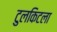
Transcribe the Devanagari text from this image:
टुलकिटला